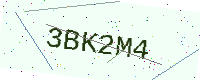
Text: 3BK2M4